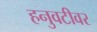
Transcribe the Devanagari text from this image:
हनुवटीवर